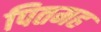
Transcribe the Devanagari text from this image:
पितमह